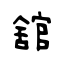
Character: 舘